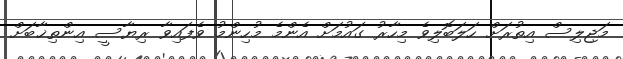
މަޖިލިސް އިތުރަށް ހަލަބޮލިވެ މިހާރު ގައުމަށް އެންމެ މުހިންމު ވެފައިވާ ރިޔާސީ އިންތިޚާބަށް